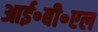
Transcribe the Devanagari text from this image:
आई॰बी॰एल